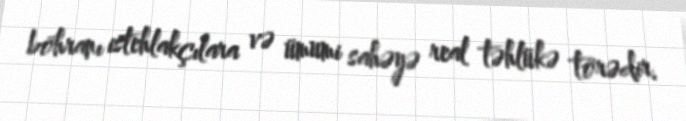
böhranı istehlakçılara və ümumi sahəyə real təhlükə törədir.